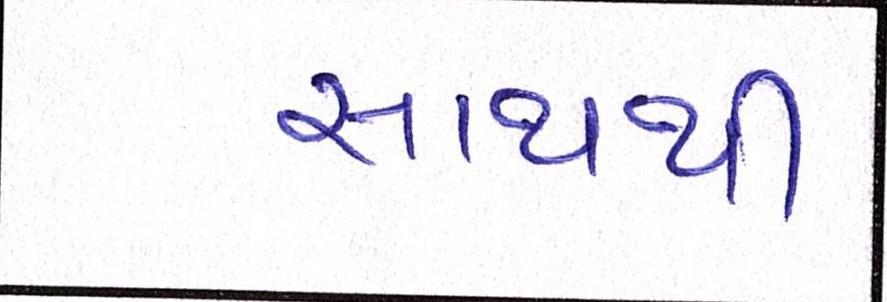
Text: સાથથી